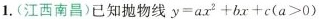
1.(江西南昌)已知抛物线 $$y = a x ^ { 2 }